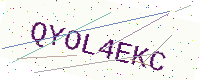
Text: QYOL4EKC